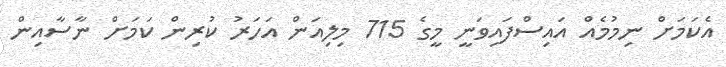
އެކަމަށް ނިމުމެއް އައިސްފައިވަނީ މީގެ 715 މިލިއަން އަހަރު ކުރިން ކަމަށް ނާސާއިން